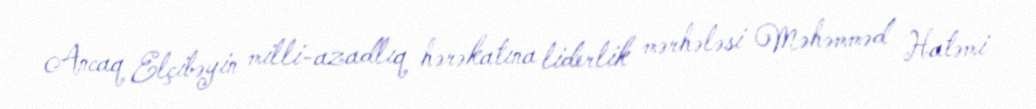
Ancaq Elçibəyin milli-azadlıq hərəkatına liderlik mərhələsi Məhəmməd Hatəmi